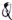
Text: Q